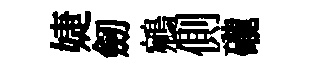
婕劒鵷側礲